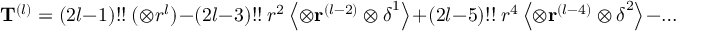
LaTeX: \mathbf { T } ^ { ( l ) } = ( 2 l - 1 ) ! ! \ \mathbf { ( } \otimes r ^ { l } ) - ( 2 l - 3 ) ! ! \ r ^ { 2 } \left\langle \otimes \mathbf { r } ^ { ( l - 2 ) } \otimes { \mathsf { \boldsymbol { \delta } } } ^ { 1 } \right\rangle + ( 2 l - 5 ) ! ! \ r ^ { 4 } \left\langle \otimes \mathbf { r } ^ { ( l - 4 ) } \otimes { \mathsf { \boldsymbol { \delta } } } ^ { 2 } \right\rangle - \ldots